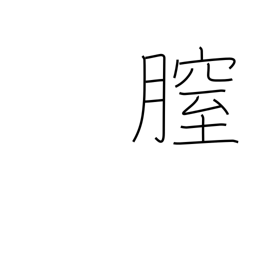
Meaning: vagina